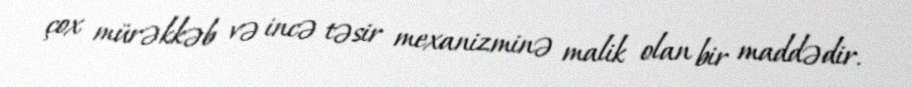
çox mürəkkəb və incə təsir mexanizminə malik olan bir maddədir.